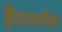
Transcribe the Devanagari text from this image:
हैदरवरील